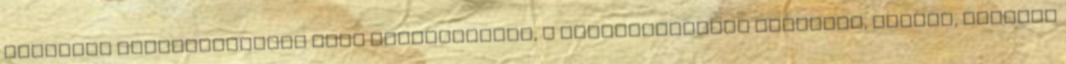
központi idegrendszerre ható készítmények, s antibiotikumok tabletta, kenőcs, illetve